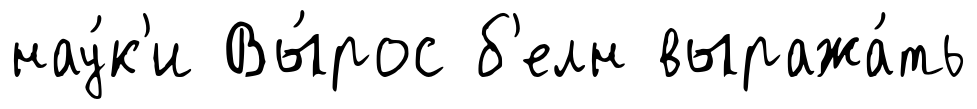
нау́к'и Вы́рос б'елн выража́ть